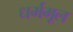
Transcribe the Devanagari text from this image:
धर्ममूल